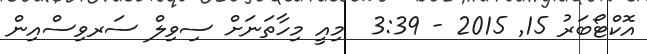
އޮކްޓޯބަރު 15